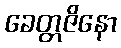
ခေတ္တဇိနော